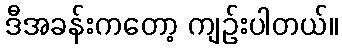
ဒီအခန်းကတော့ ကျဉ်းပါတယ်။